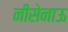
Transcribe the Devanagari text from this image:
नीसेनाऊ